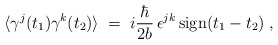
\begin{align*}\langle \gamma^j(t_1) \gamma^k(t_2) \rangle \;=\; i \frac{\hbar}{2b} \,\epsilon^{jk}\, {\rm sign}(t_1-t_2) \;,\end{align*}